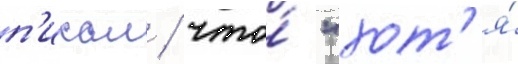
п'исал / что́ "хот'я́